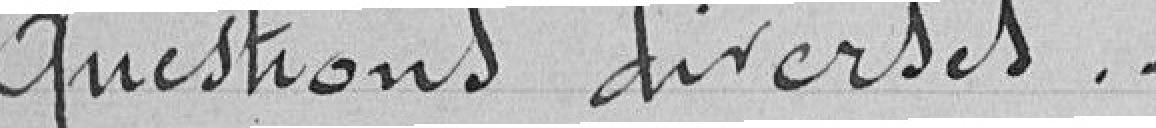
Questions diverses